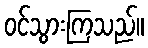
ဝင်သွားကြသည်။